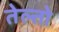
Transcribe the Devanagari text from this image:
तेल्तो